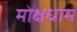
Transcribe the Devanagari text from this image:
मोक्षधाम